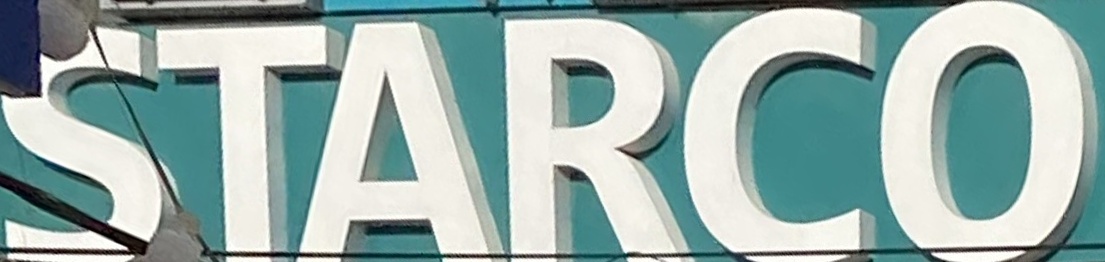
STARCO